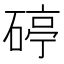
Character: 碠